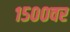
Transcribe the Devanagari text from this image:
१५००वर